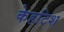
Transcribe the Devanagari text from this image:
केहटिश